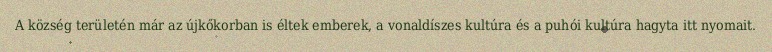
A község területén már az újkőkorban is éltek emberek, a vonaldíszes kultúra és a puhói kultúra hagyta itt nyomait.